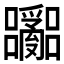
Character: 𫬽